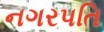
નગરપતિ